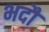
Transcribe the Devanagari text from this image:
भदौं